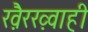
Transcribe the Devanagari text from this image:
ख़ैरख़्वाही